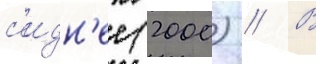
с'идн'ее (2000) // В